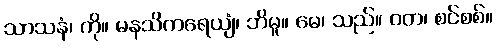
သာသနံ၊ ကို။ မနသိကရေယျံ၊ ဘိမူ။ မေ၊ သည်။ ဝတ၊ စင်စစ်။